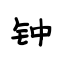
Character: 钟